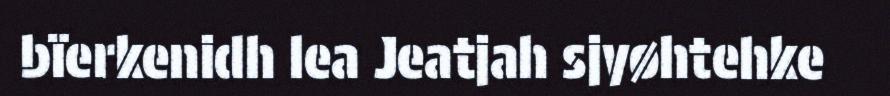
bïerkenidh lea Jeatjah sjyøhtehke